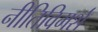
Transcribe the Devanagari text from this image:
नीतिविमर्श